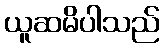
ယူဆမိပါသည်